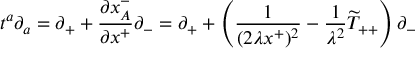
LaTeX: t ^ { a } \partial _ { a } = \partial _ { + } + \frac { \partial x _ { A } ^ { - } } { \partial x ^ { + } } \partial _ { - } = \partial _ { + } + \left( \frac { 1 } { ( 2 \lambda x ^ { + } ) ^ { 2 } } - { \frac { 1 } { \lambda ^ { 2 } } } \widetilde { T } _ { + + } \right) \partial _ { - }